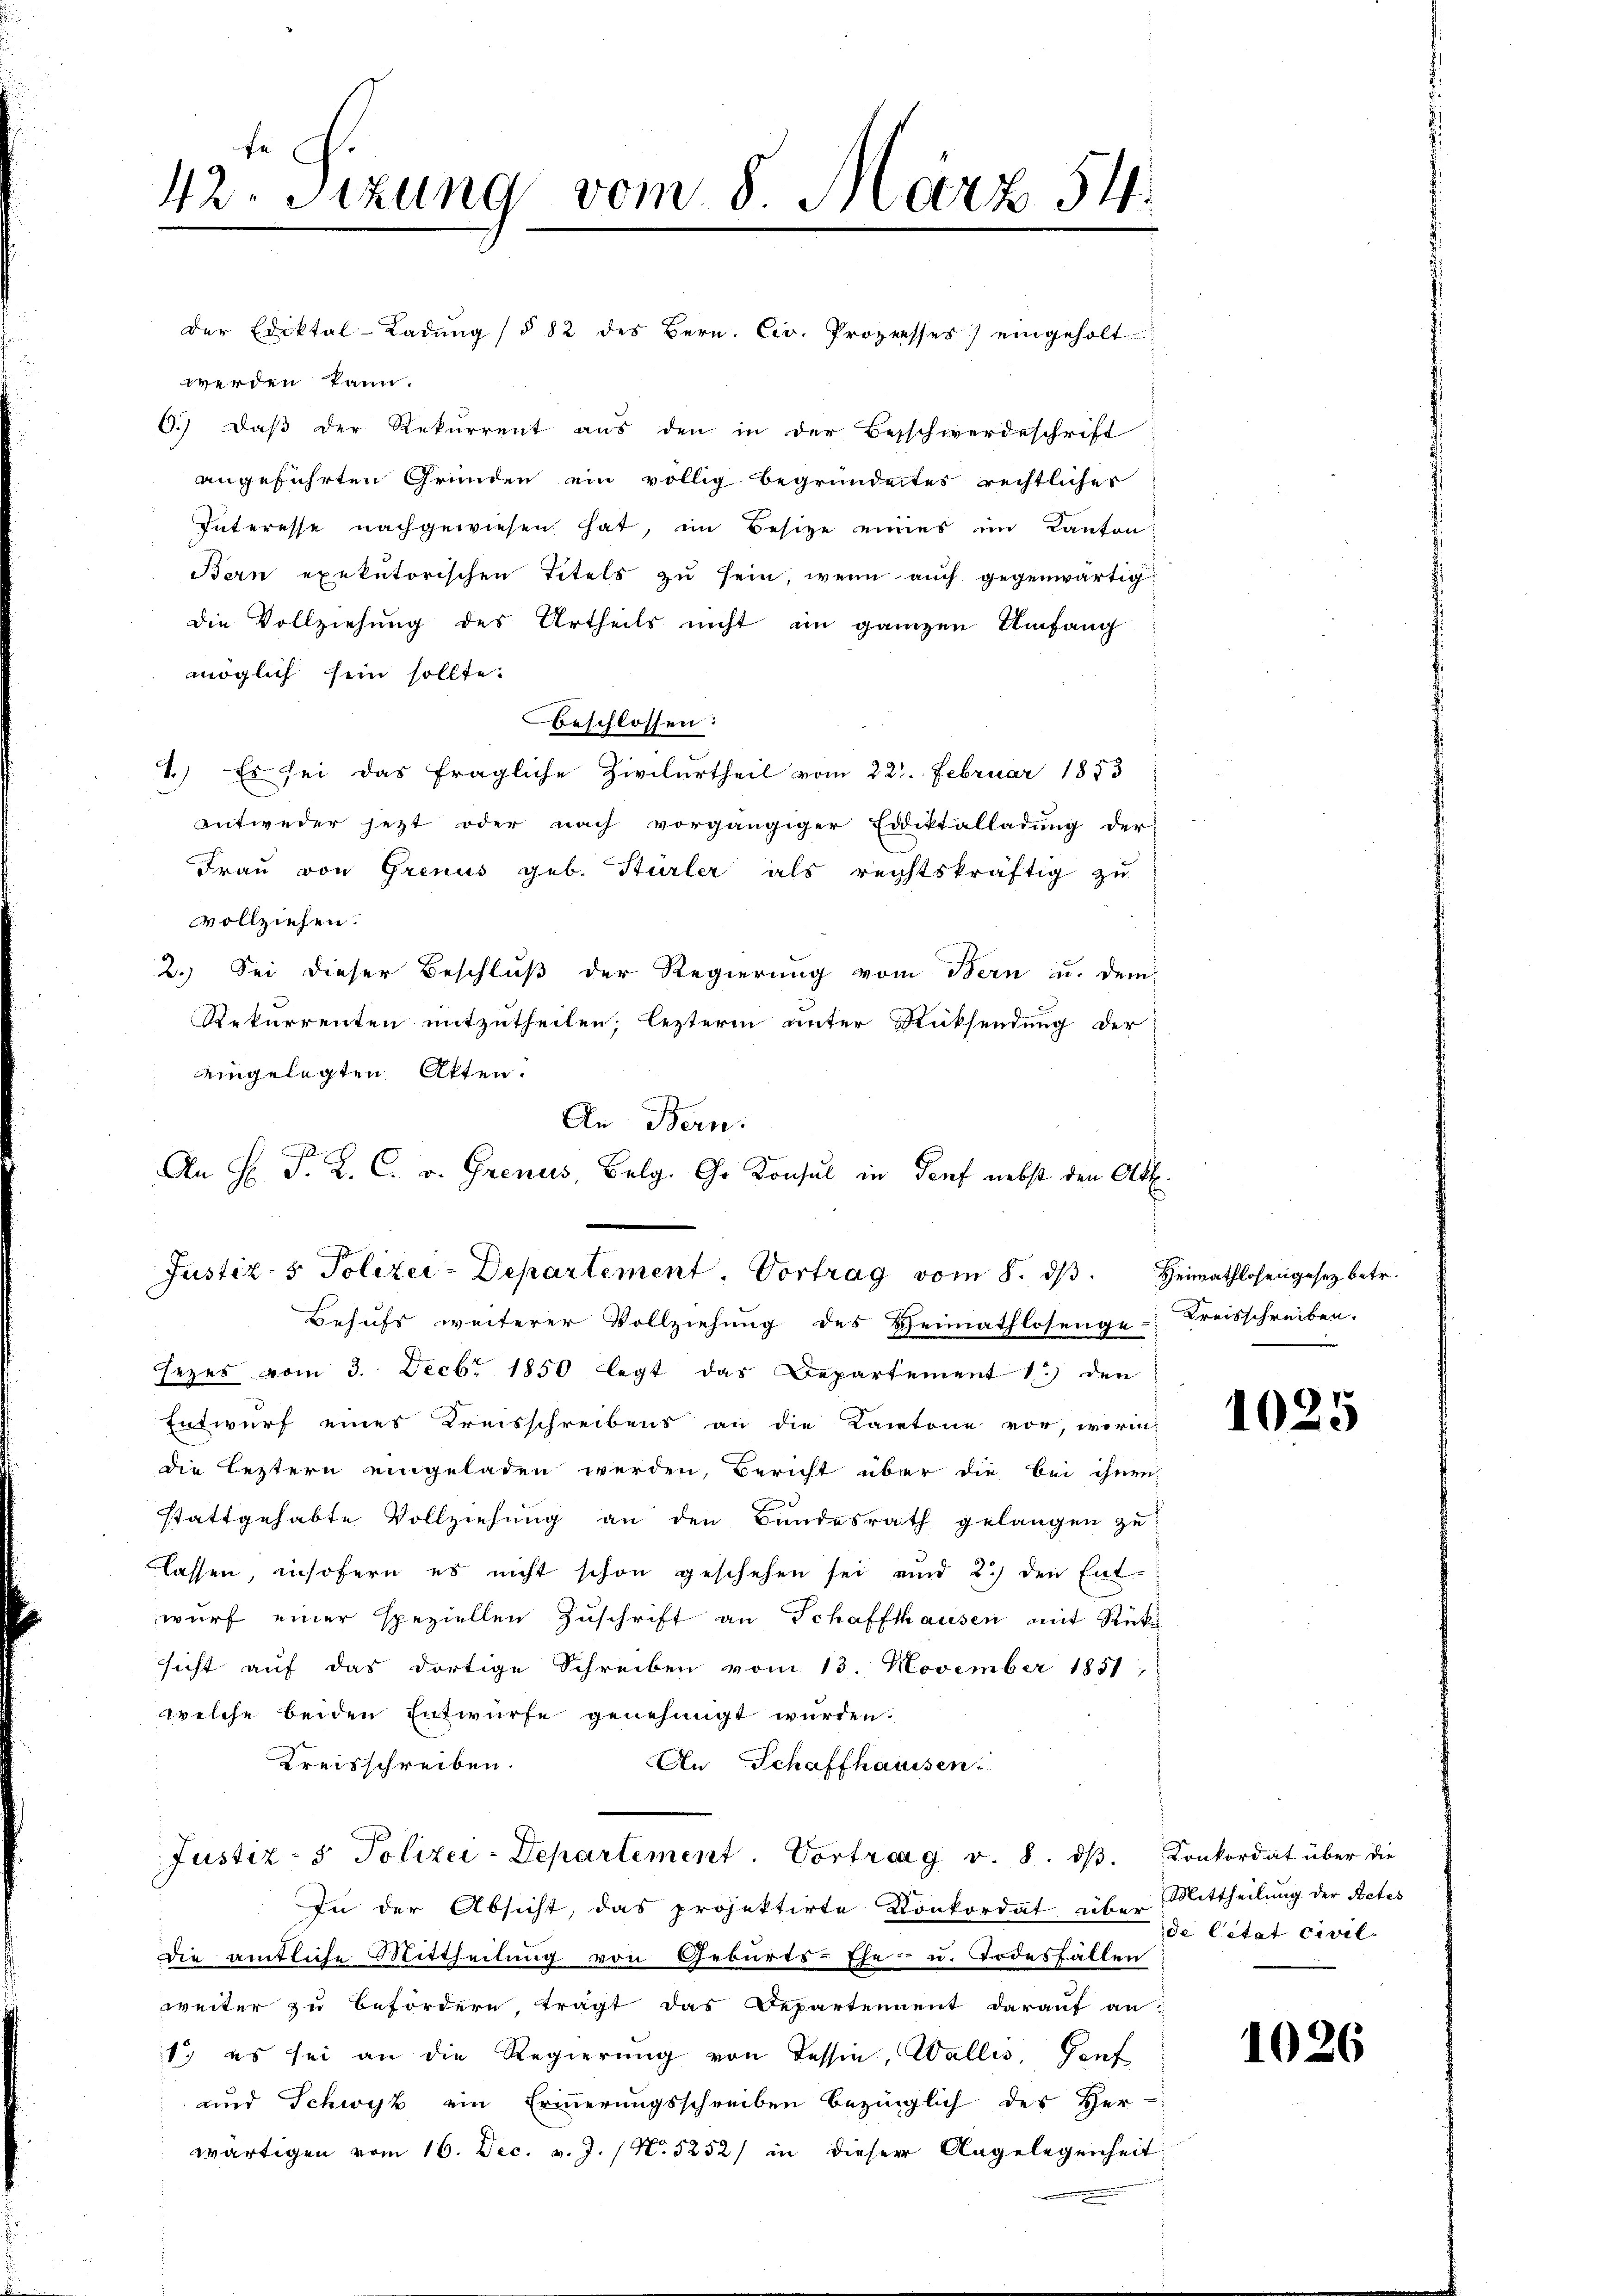
42. Sizung vom 8. März 54.

Behufs weiterer Vollziehung des Heimathlosenge Kreisschreiben.
sezes vom 3. Decbr 1850 legt das Departement 1.) den
Entwurf eines Kreisschreibens an die Kantone vor, worin
die Leztern eingeladen werden, Bericht über die bei ihnen
e
stattgehabte Vollziehung an den Bundesrath gelangen zu
lassen, insofern es nicht schon geschehen sei und 2.) den Ent-
wurf einer speziellen Zuschrift an Schaffthausen mit Rück
sicht auf das dortige Schreiben vom 13. November 1851
welche beiden Entwurfe genehmigt wurden.
Kreisschreiben.
An Schaffhaussen.
Justiz- & Polizei-Departement. Vortrag v. 8. dβ. Konkordat über die
In der Absicht, das projektirte Konkordat über Mittheilung der Rates
die amtliche Mittheilung von Geburts-Ehe- u. Todesfällen
weiter zu befördern, trägt das Departennent darauf an-
1. es sei an die Regierung von Tessin, Wallis, Genf
und Schwyz ein Erinnerungsschreiben bezinglich des Her-
wärtigen vom 16. Dec. v. J. / No 5252) in dieser Angelegenheit

der Ediktal-Ladŭng (§ 82 des Bern. Civ. Prozesses) eingeholt
werden kann.
C.) Daß der Rekurrent aus den in der Besschwerdeschrift
angeführten Gründen ein völlig begründetes rechtlicher
Interesse nachgewiesen hat, im Besitze eines im Kanton
Bern exekutorischen Titels zu sein, wenn auch gegenwärtigdie Vollziehung des Urtheils nicht im ganzen Umfang
möglich sein sollte.
Beschlossen:
1.) Es sei das fragliche Zivilurtheil vom 22. Februar 1853
entweder jezt oder nach vorgängiger Eddiktalladung der
Frau von Grenus geb. Hürler als rechtskräftig zu
vollziehen.
2.) Sei dieser Beschluß der Regierung vom Bern u. dem
Rekurrenten mitzutheilen; lezterm unter Rücksendung der
eingelegten Atten.

An Bern.
Justiz- & Polizei-Departement. Vortrag vom 8. dβ. Heimathlosengesez betr.

An H. J. L. C. v. Grenus, Belg. Gs Konsul in Genf nebst den Altl.

1025

de Citat civil

1026